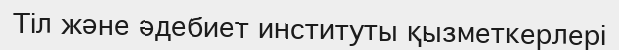
Тіл және әдебиет институты қызметкерлері